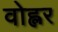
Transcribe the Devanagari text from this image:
वोह्लर